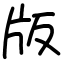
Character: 版